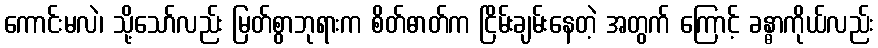
ကောင်းမလဲ၊ သို့သော်လည်း မြတ်စွာဘုရားက စိတ်ဓာတ်က ငြိမ်းချမ်းနေတဲ့ အတွက် ကြောင့် ခန္ဓာကိုယ်လည်း